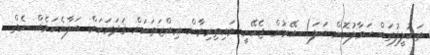
ތަކުލީފުތައް ޙަވާލުކޮށް ބަލަ) އޭރުން ޖެހޭނީ މައިތިރިވާން ޢިއްޒަތަކަށް ޤަދަރަކަށް ބަލާނެކަމެއް ނެތް